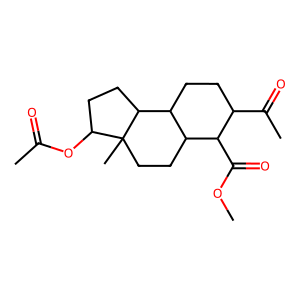
SMILES: COC(=O)C1C(C(C)=O)CCC2C1CCC1(C)C(OC(C)=O)CCC21
Inhibits HIV replication: No